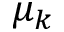
\mu _ { k }